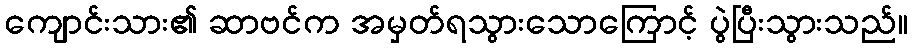
ကျောင်းသား၏ ဆာဗင်က အမှတ်ရသွားသောကြောင့် ပွဲပြီးသွားသည်။